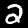
Label: 2